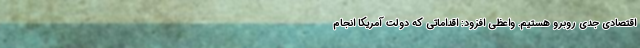
اقتصادی جدی روبرو هستیم. واعظی افزود: اقداماتی که دولت آمریکا انجام